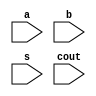
`timescale 1ns / 1ps
//////////////////////////////////////////////////////////////////////////////////
// Company: 
// Engineer: 
// 
// Design Name: 
// Module Name: ha_df
// Project Name: 
// Target Devices: 
// Tool Versions: 
// Description: 
// 
// Dependencies: 
// 
// Revision:
// Revision 0.01 - File Created
// Additional Comments:
// 
//////////////////////////////////////////////////////////////////////////////////


module ha_df(
    input a,b,
    input s,cout
    );
endmodule